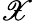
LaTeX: \mathscr X